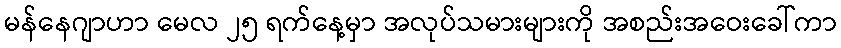
မန်နေဂျာဟာ မေလ ၂၅ ရက်နေ့မှာ အလုပ်သမားများကို အစည်းအဝေးခေါ်ကာ